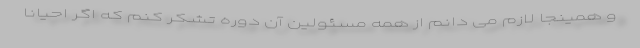
و همینجا لازم می دانم از همه مسئولین آن دوره تشکر کنم که اگر احیاناً